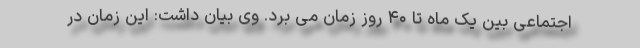
اجتماعی بین یک ماه تا ۴۰ روز زمان می برد. وی بیان داشت: این زمان در